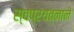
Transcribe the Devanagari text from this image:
स्वप्रयत्नाने